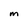
Character: m